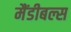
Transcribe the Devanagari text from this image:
मैंडीबल्स